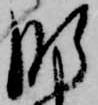
肝